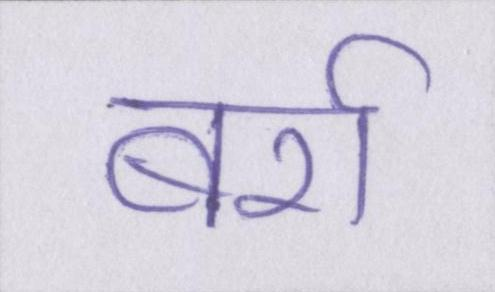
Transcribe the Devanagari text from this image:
बर्रा